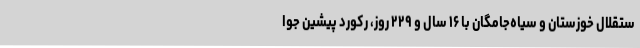
ستقلال خوزستان و سیاه‌جامگان با ۱۶ سال و ۲۲۹ روز، رکورد پیشین جوا